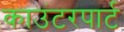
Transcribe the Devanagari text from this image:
काउंटरपार्ट